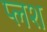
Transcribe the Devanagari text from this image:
प्लश